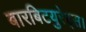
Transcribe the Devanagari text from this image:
बारबिटयुरेट्स।